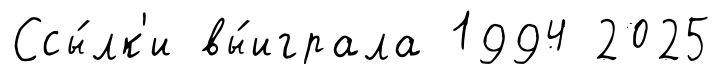
Ссы́лк'и вы́играла 1994 2025